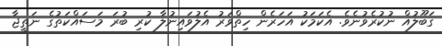
ގަބޫލުއް ނުކުރެވުނެވެ. އެކަމަކު އަހަރެން ހިތްވަރު އެލުވައިނުލާ ކުރި ބުރަ މަސައްކަތުގެ ނަތީޖާ